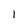
Character: 1